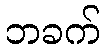
ဘခက်